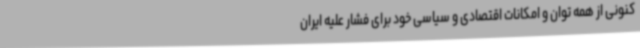
کنونی از همه توان و امکانات اقتصادی و سیاسی خود برای فشار علیه ایران